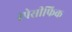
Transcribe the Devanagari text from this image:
स्पेसीफिक